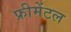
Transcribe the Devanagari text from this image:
फ्रीमेंटल